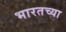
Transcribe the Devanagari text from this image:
भारतच्या